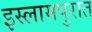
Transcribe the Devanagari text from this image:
इस्लामपुरात